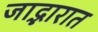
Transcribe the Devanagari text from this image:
जाद्भारात